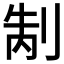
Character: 𭃥